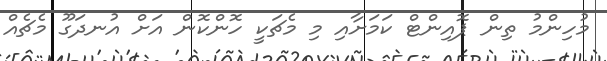
މުހިންމު ތިން ޕޮއިންޓް ކަމަށާއި މި މެޗަކީ ހޮންކޮން އަށް އުނދަގޫ މެޗެއް